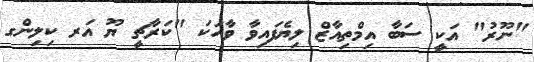
"ނޫރު" އަކީ ސަބާ އިމްތިއާޒް ލިޔެފައިވާ ވާހަކަ "ކަރާޗީ ޔޫ އަރ ކިލިންގ